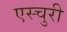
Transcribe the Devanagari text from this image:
एस्चुरी